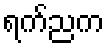
ရက်ညက